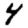
Digit: 4